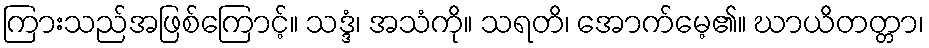
ကြားသည်အဖြစ်ကြောင့်။ သဒ္ဒံ၊ အသံကို။ သရတိ၊ အောက်မေ့၏။ ဃာယိတတ္တာ၊